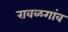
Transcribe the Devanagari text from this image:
रावळगांव